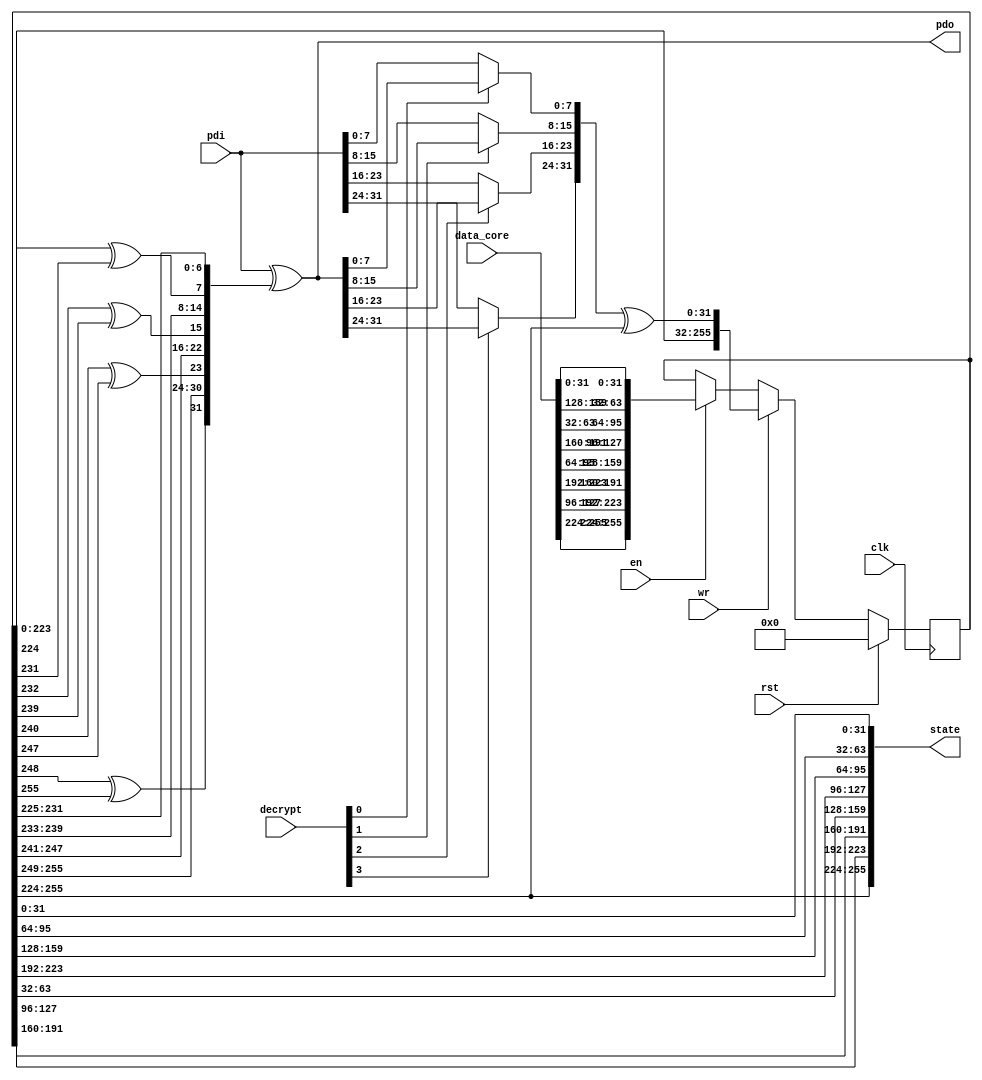
/*
 Designer: Mustafa Khairallah
 Nanyang Technological University
 Singapore
 Date: July, 2021
 */


/*
 This serial to parallel buffer loads the input blocks into
 the TBC state with 32-bit resolution. It automatically
 applies the mode's combined feedback on the fly for
 both encryption and decryption. The shares are fed per word,
 i.e., all the shares of a 32-bit word are loaded before the
 next word. When communicating with the cipher logic, it has
 to be interleaved and de-interleaved, which can be done for
 free.
 */

module inout_serpar (/*AUTOARG*/
   // Outputs
   state, pdo,
   // Inputs
   pdi, data_core, decrypt, wr, clk, en, rst
   ) ;
   parameter d = 2;
   
   output [128*d-1:0] state;  
   output [31:0]      pdo;
   
   input [31:0]       pdi;
   input [128*d-1:0]  data_core;
   input [3:0] 	      decrypt;
   input 	      wr, clk, en, rst;   

   wire [31:0] 	      pdi_eff;
   wire [31:0] 	      gofs;
   wire [31:0] 	      state_buf;
   
   reg [128*d-1:0]    bfr;
   
   assign state_buf = bfr[128*d-1:128*d-32];   

   assign pdi_eff[ 7: 0] = decrypt[0] ? pdo[ 7: 0] : pdi[ 7: 0];
   assign pdi_eff[15: 8] = decrypt[1] ? pdo[15: 8] : pdi[15: 8];
   assign pdi_eff[23:16] = decrypt[2] ? pdo[23:16] : pdi[23:16];
   assign pdi_eff[31:24] = decrypt[3] ? pdo[31:24] : pdi[31:24];

   assign gofs[ 7: 0] = {state_buf[ 0]^state_buf[ 7],state_buf[ 7: 1]};
   assign gofs[15: 8] = {state_buf[ 8]^state_buf[15],state_buf[15: 9]};
   assign gofs[23:16] = {state_buf[16]^state_buf[23],state_buf[23:17]};
   assign gofs[31:24] = {state_buf[24]^state_buf[31],state_buf[31:25]};
   
   assign pdo = pdi ^ gofs;

   assign state = {bfr[255:224],bfr[191:160],bfr[127: 96],bfr[ 63: 32],
		   bfr[223:192],bfr[159:128],bfr[ 95: 64],bfr[ 31:  0]};   

   always @ (posedge clk) begin
      if (rst) begin
	 bfr <= 0;	 
      end
      else if (wr) begin
         bfr <= {bfr[128*d-33:0], 
		 pdi_eff ^ bfr[128*d-1:128*d-32]};
      end
      else if (en) begin
         bfr <= {data_core[255:224],data_core[127: 96],
		 data_core[223:192],data_core[ 95: 64],
		 data_core[191:160],data_core[ 63: 32],
		 data_core[159:128],data_core[ 31:  0]};       
      end
   end // always @ (posedge clk)
   
   
endmodule // inout_serpar